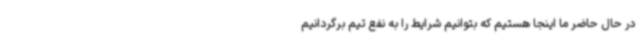
در حال حاضر ما اینجا هستیم که بتوانیم شرایط را به نفع تیم برگردانیم